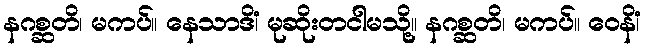
နဂစ္ဆတိ၊ မကပ်။ နေသာဒိံ၊ မုဆိုးတငါမသို့။ နဂစ္ဆတိ၊ မကပ်။ ဝေနိံ၊